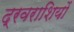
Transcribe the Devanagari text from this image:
द्रवराशियों